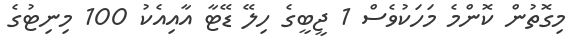
މިގޮތުން ކޮންމެ މަހަކުވެސް 1 ޖީބީގެ ހިލޭ ޑޭޓާ އާއިއެކު 100 މިނިޓުގެ